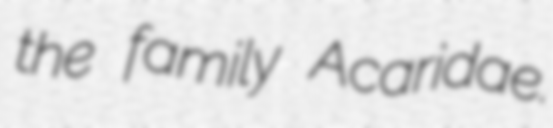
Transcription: the family Acaridae.